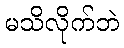
မသိလိုက်ဘဲ